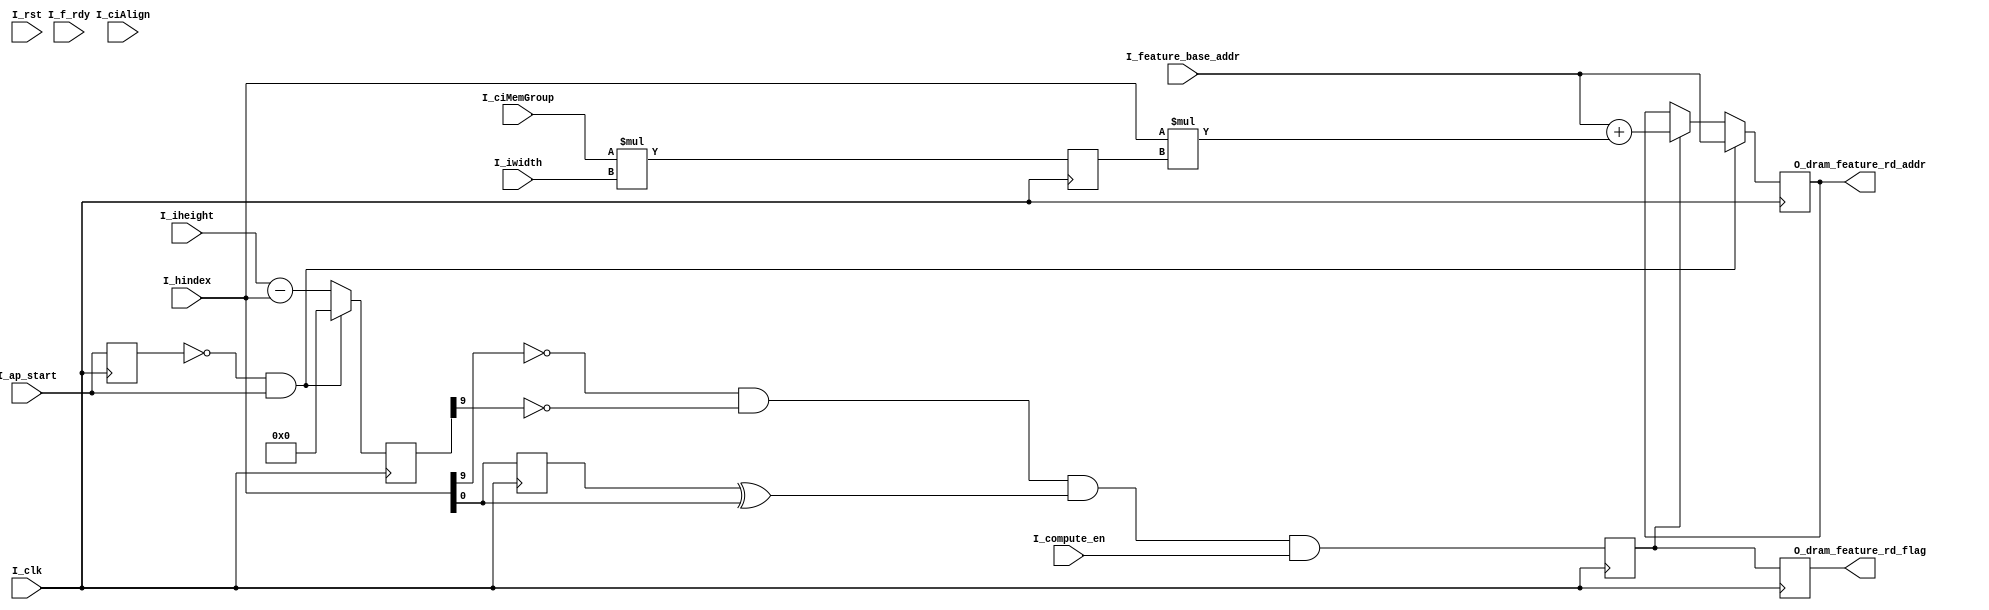
`timescale 1ns / 1ps

module DRAMFeatureRdAddr#(
    parameter                  W_WIDTH     = 10,
    parameter                  LITEWIDTH   = 32,
    parameter                  DEPTHWIDTH  = 9,
    parameter                  AXIWIDTH    = 128
)(
    input                          I_clk,
    input                          I_rst,
    input                          I_ap_start,
    input                          I_f_rdy,
    input       [DEPTHWIDTH:0]     I_ciAlign,
    input       [DEPTHWIDTH-1:0]   I_ciMemGroup,
    input       [LITEWIDTH-1:0]    I_feature_base_addr,
    input       [W_WIDTH-1:0]      I_hindex,
    input                          I_compute_en,
    input       [W_WIDTH-1:0]      I_iheight,
    input       [W_WIDTH-1:0]      I_iwidth,
    output reg  [LITEWIDTH-1:0]    O_dram_feature_rd_addr,
    output reg                     O_dram_feature_rd_flag
    );
    
   reg                         S_ap_start       = 0;
   reg                         S_f_rdy          = 0;
   reg                         S_ap_start_d1    = 0;
   reg      [LITEWIDTH-1:0]    S_base_addr_buf0 = 0;
   reg      [LITEWIDTH-1:0]    S_base_addr_buf1 = 0;
   reg                         S_buf_ch         = 0;
   
   always@ (posedge I_clk)
   begin
       S_ap_start <= I_ap_start;
       S_ap_start_d1 <= S_ap_start;
       
       if (!S_ap_start_d1 && S_ap_start && !I_compute_en)
           S_buf_ch <= 1'b0;
       else if(!S_ap_start_d1 && S_ap_start)
           S_buf_ch <= !S_buf_ch;
           
       if (S_ap_start_d1 && !S_ap_start && !S_buf_ch)
           S_base_addr_buf0 <= I_feature_base_addr;
           
       if (S_ap_start_d1 && !S_ap_start && S_buf_ch)
           S_base_addr_buf1 <= I_feature_base_addr;
   end
   
    
   reg      [W_WIDTH-1:0]      S_minus_h         = 0;
   reg      [W_WIDTH-1:0]      S_hindex          = 0;
   reg                         S_load_flag       = 0;
   reg      [W_WIDTH+5:0]      S_linewidth_div16 = 0;
   
   always@ (posedge I_clk)
   begin
       S_hindex <= I_hindex;
       
       if (~S_ap_start && I_ap_start)
           S_minus_h <= 'd0;
       else 
           S_minus_h <= I_iheight - I_hindex;
           
       S_load_flag <= !I_hindex[W_WIDTH-1] && !S_minus_h[W_WIDTH-1] && (S_hindex[0]^I_hindex[0]) && I_compute_en;
   end
    
   always@ (posedge I_clk)
   begin
       S_linewidth_div16 <= I_ciMemGroup*I_iwidth;
       O_dram_feature_rd_flag <= S_load_flag;
//       O_dram_feature_rd_flag <= !S_f_rdy && I_f_rdy;
   
//       if (~S_ap_start && I_ap_start)
//           O_dram_feature_rd_addr <= 'd0;
//       else if (S_load_flag && I_compute_en && S_buf_ch)
//           O_dram_feature_rd_addr <= S_base_addr_buf0 + I_hindex*S_linewidth_div16;
//       else if (S_load_flag && I_compute_en && !S_buf_ch)
//           O_dram_feature_rd_addr <= S_base_addr_buf1 + I_hindex*S_linewidth_div16;
       S_f_rdy <= I_f_rdy;

        if (~S_ap_start && I_ap_start)
            O_dram_feature_rd_addr <= I_feature_base_addr;
//        else if (~S_f_rdy && I_f_rdy)
//            O_dram_feature_rd_addr <= O_dram_feature_rd_addr + I_iwidth;
        else if (S_load_flag)
            O_dram_feature_rd_addr <= I_feature_base_addr + I_hindex*S_linewidth_div16;
   end
endmodule